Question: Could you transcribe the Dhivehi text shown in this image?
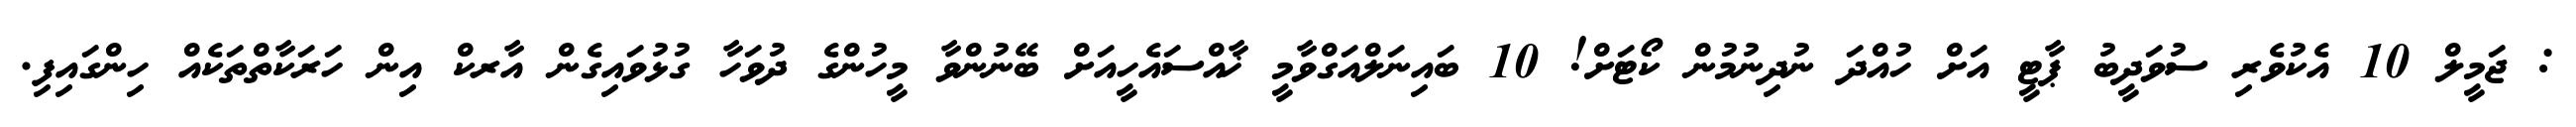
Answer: : ޖަމީލް 10 އެކުވެރި ސުވަދީބު ޕާޓީ އަށް ހުއްދަ ނުދިނުމުން ކޯޓަށް! 10 ބައިނަލްއަގްވާމީ ޚާއްސައެހީއަށް ބޭނުންވާ މީހުންގެ ދުވަހާ ގުޅުވައިގެން އާރކް އިން ހަރަކާތްތަކެއް ހިންގައިފި.